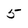
Character: 5